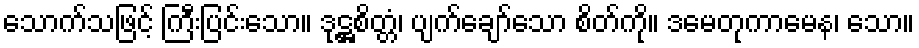
သောက်သဖြင့် ကြီးပြင်းသော။ ဒုဋ္ဌစိတ္တံ၊ ပျက်ချော်သော စိတ်ကို။ ဒမေတုကာမေန၊ သော။